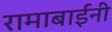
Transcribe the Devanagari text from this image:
रामाबाईंनी